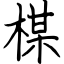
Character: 楳